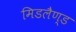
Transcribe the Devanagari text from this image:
मिडलैण्ड